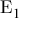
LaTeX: \mathrm { E } _ { 1 }